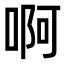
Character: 啊